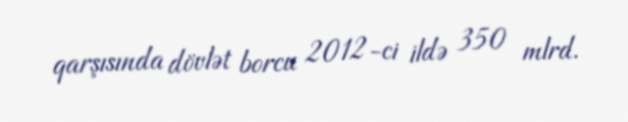
qarşısında dövlət borcu 2012-ci ildə 350 mlrd.